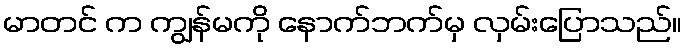
မာတင် က ကျွန်မကို နောက်ဘက်မှ လှမ်းပြောသည်။